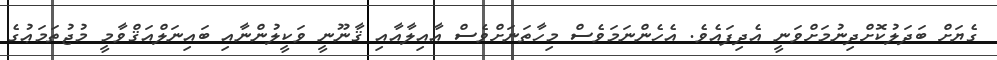
ގެޔަށް ބަދަލުކޮށްދިނުމަށްވަނީ އެދިފައެވެ. އެހެންނަމަވެސް މިހާތަނަށްވެސް އާއިލާއާއި ޤާނޫނީ ވަކީލުންނާއި ބައިނަލްއަޤްވާމީ މުޖުތަމަޢުގެ